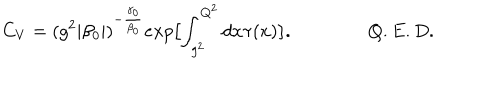
C _ { V } = ( g ^ { 2 } | \beta _ { 0 } | ) ^ { - \frac { \gamma _ { 0 } } { \beta _ { 0 } } } e x p \bigl [ \int _ { g ^ { 2 } } ^ { Q ^ { 2 } } d x \tau ( x ) \bigr ] . \qquad \qquad Q . E . D .